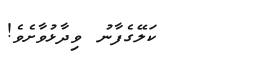
ކަލޭގެފާނު ވިދާޅުވާށެވެ!